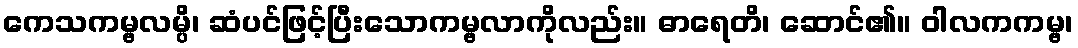
ကေသကမ္ဗလမ္ပိ၊ ဆံပင်ဖြင့်ပြီးသောကမ္ဗလာကိုလည်း။ ဓာရေတိ၊ ဆောင်၏။ ဝါလကကမ္ဗ၊